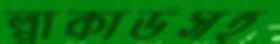
প্লাকার্ডসহ